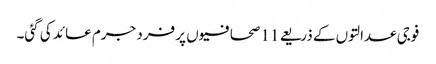
فوجی عدالتوں کے ذریعے 11 صحافیوں پر فرد جرم عائد کی گئی۔